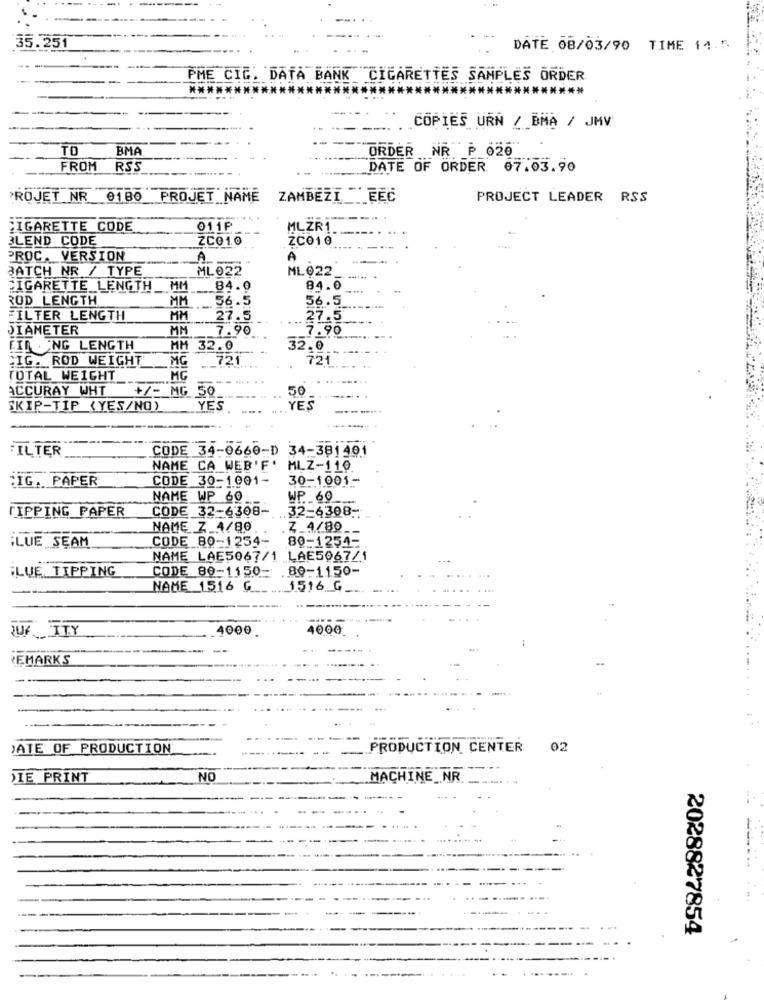
35.251
DATE 08/03/90 TIME 14.5
PME CIC. DATA BANK CIGARETTES SAMPLES ORDER
****
*******************
COPIES URN / BMA / JMV
TO
BMA
ORDER NR P 020
FROM
RSS
DATE OF ORDER 07.03.90
PROJET NR 0180 PROJET NAME
ZAMBEZI _EEC
PROJECT LEADER RSS
CIGARETTE CODE
011P
MLZR1.
BLEND CODE
ZCO1.0
ZC010
PROC. VERSION
A
A
BATCH NR / TYPE
ML022
ML 022
CIGARETTE LENGTH_
MM
84.0
84.0
ROD LENGTH
MM
56.5
56.5
FILTER LENGTH
MM
27.5
27.5
DIAMETER
MM
7.90
7.90
FIR ING LENGTH
MM 32.0
32.0
SIG. ROD WEIGHT
MG
72
721
-
TOTAL WEIGHT
MG
ACCURAY WHT
+/- MG
50
50
SKIP-TIP (YES/NO)
YES
YES
FILTER
CODE 34-0660-D 34-381401
NAME CA WEB'F'
MLZ-110
"IG. PAPER
CODE 30-1001-
30-1001-
NAME WP 60
WP ._ 60_
CODE 32-6308-
.32-4308-
TIPPING PAPER
NAME Z 4/80
Z_4/80
CODE 89-1254-
80-1254-
LUE SEAM
NAME LAE5067/1 LAE5067/1
FLUE TIPPING
CODE 80-1150- . 80-1150-
NAME 1516 G
1516 G
UFITY
4000
4000
REMARKS
DATE OF PRODUCTION
PRODUCTION CENTER
02
DIE PRINT
NO
MACHINE_NR
---
2028827854